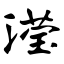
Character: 滢